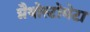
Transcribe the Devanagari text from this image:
ग्नैथोस्टोमेटा